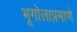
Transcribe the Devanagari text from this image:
भूगोलाप्रमाणे